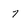
Character: 7